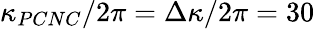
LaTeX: \kappa_{PCNC}/2\pi=\Delta\kappa/2\pi=30